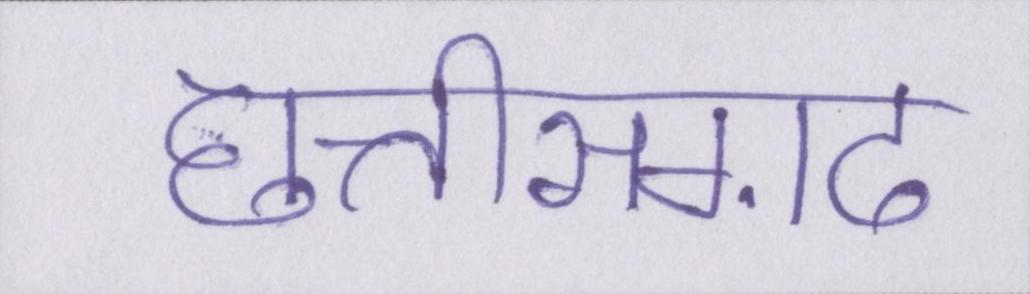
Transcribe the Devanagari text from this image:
छत्तीसग़ढ